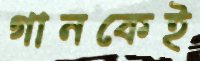
গানকেই